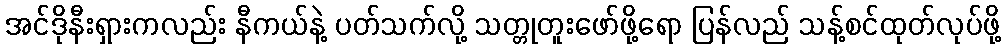
အင်ဒိုနီးရှားကလည်း နီကယ်နဲ့ ပတ်သက်လို့ သတ္တုတူးဖော်ဖို့ရော ပြန်လည် သန့်စင်ထုတ်လုပ်ဖို့